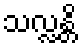
သလ္လန္တိ